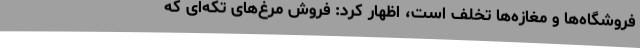
فروشگاه‌ها و مغازه‌ها تخلف است، اظهار کرد: فروش مرغ‌های تکه‌ای که